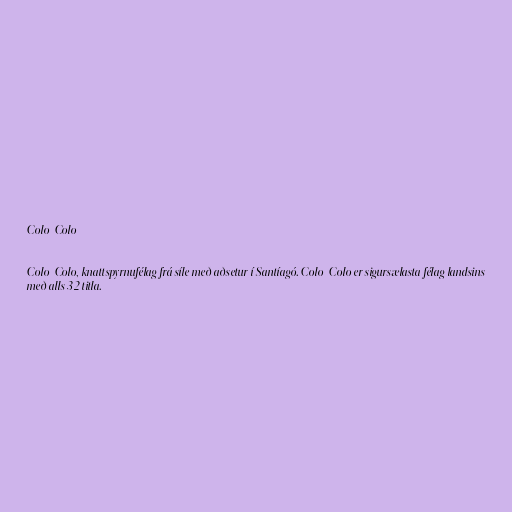
Colo-Colo

Colo-Colo, knattspyrnufélag frá síle með aðsetur í Santíagó. Colo-Colo er sigursælasta félag landsins
með alls 32 titla.